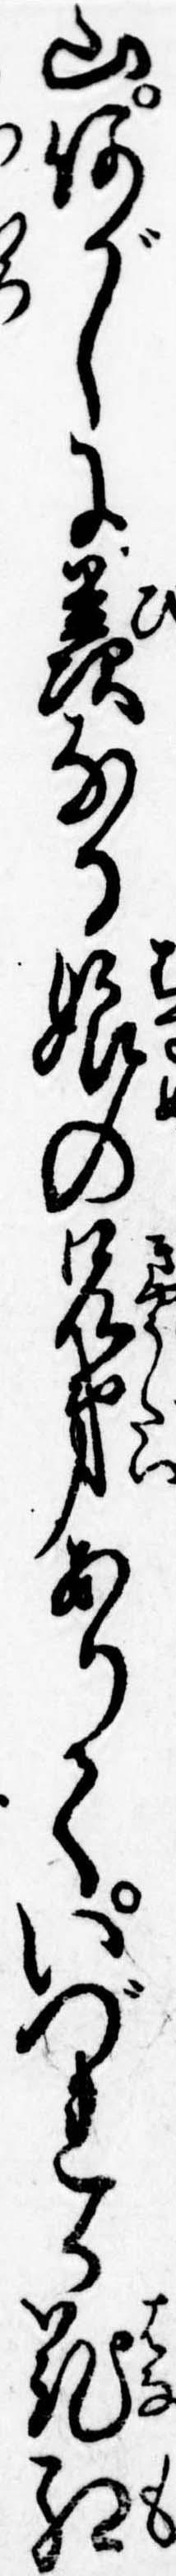
山何がしに羨なる娘の兄弟ありていづれか花紅